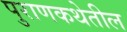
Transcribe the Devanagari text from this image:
पुराणकथेतील